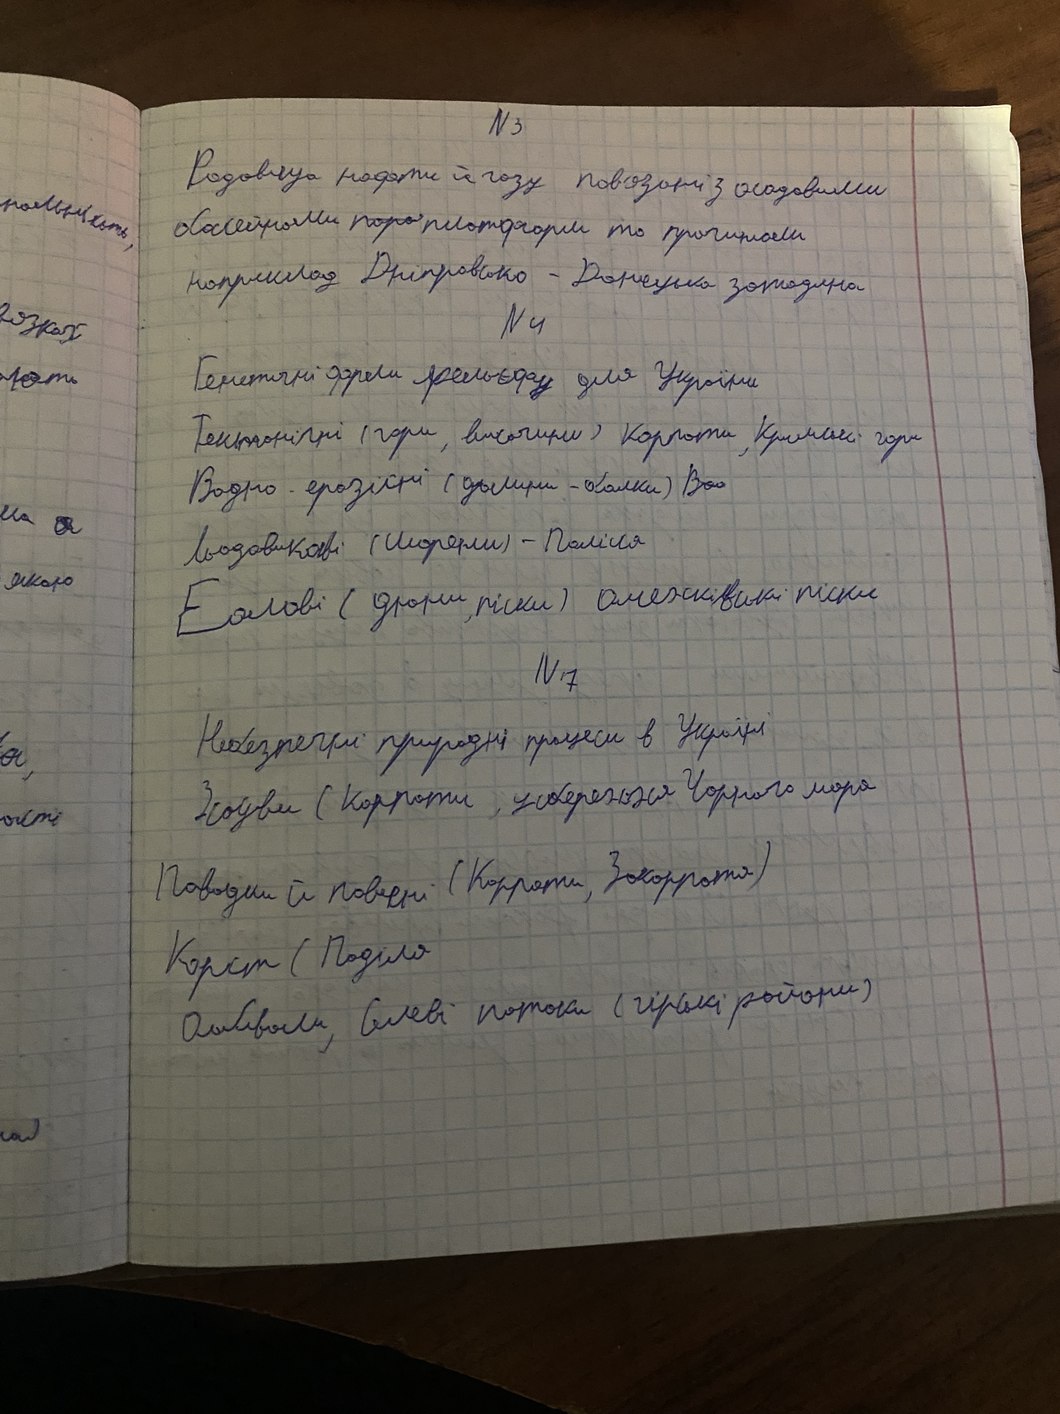
№ 3
Родовища нафти й газу пов'язані з осадовими
басейном~~поро~~ платформ то прогином
наприклад Дніпровсько-Донецька западина
озках
№ 4
Генетичні форми рельефу для України
ють
Тектонічні (гори,височини) Карпати,Кримські гори
Водно-ерозійні (долини-балки)~~Воо~~
Льодовикові (морени)  - Полісся
якою
Еолові (дюни піски) олешківські піски
№7
Небезпечні природні процеси в Україні
а,
Зсоуви (Карпати, узбережжя Чорного моря
ость
Паводки й повені (Карпати.Закорпатя)
Корст Поділя
Обвали, Селеві потоки (гірські райони)